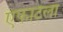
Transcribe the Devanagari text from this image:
एफाटेला